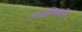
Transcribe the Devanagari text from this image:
असम्मिती